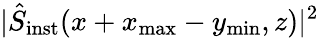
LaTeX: \vert\hat{S}_{\mathrm{inst}}(x+x_{\mathrm{max}}-y_{\mathrm{min}},z)\vert^{2}